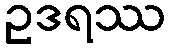
ဥဒရဿ